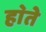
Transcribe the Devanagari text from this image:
हा॓ते